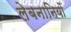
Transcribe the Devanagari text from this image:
लेबनानियों